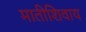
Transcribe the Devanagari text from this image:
मातीशिवाय